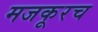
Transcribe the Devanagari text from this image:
मजकूरच